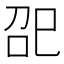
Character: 巶